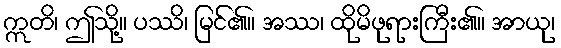
ဣတိ၊ ဤသို့။ ပဿိ၊ မြင်၏။ အဿ၊ ထိုမိဖုရားကြီး၏။ အာယု၊